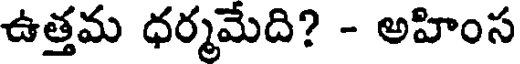
ఉత్తమ ధర్మమేది? - అహింస